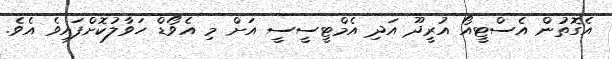
އެގޮތުން އެސްޓީއޯ އުރީދޫ އަދި އެމްޓީސީސީ އަށް މި އެވޯޑް ހަވާލުކޮށްފައިވެ އެވެ.